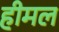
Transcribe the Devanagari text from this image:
हीमल